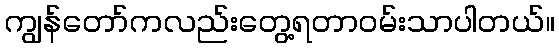
ကျွန်တော်ကလည်းတွေ့ရတာဝမ်းသာပါတယ်။